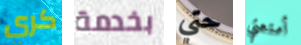
كري بخدمة حتي أمتعتي